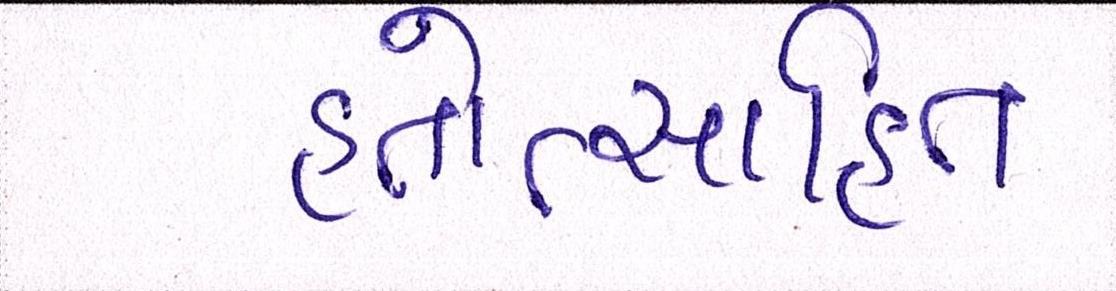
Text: હતોત્સાહિત